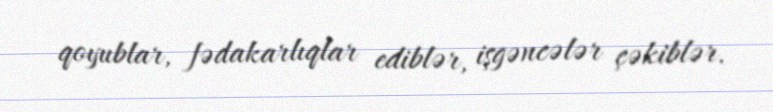
qoyublar, fədakarlıqlar ediblər, işgəncələr çəkiblər.